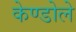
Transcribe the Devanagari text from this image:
केण्डोले